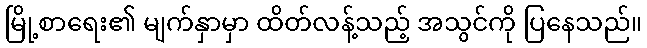
မြို့စာရေး၏ မျက်နှာမှာ ထိတ်လန့်သည့် အသွင်ကို ပြနေသည်။